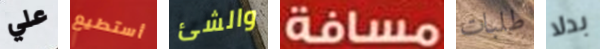
علي أستطيع والشئ مسافة طلبات بدلا